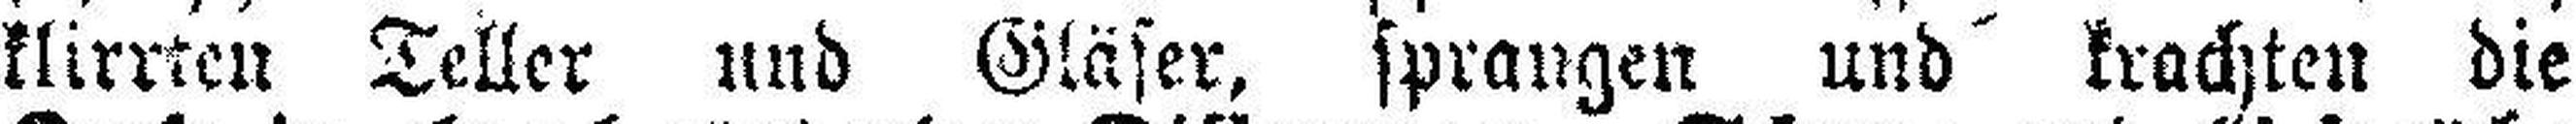
klirrten Teller und Gläser, sprangen und krachten die